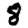
Digit: 8